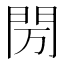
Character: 𰿘